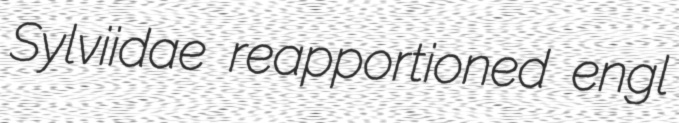
Sylviidae reapportioned engl